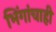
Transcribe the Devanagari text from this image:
भिंगांचाही